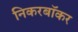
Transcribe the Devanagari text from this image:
निकरबॉकर